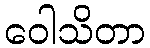
ဝေါသိတာ